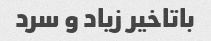
باتاخیر زیاد و سرد